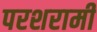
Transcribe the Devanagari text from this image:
परशरामी